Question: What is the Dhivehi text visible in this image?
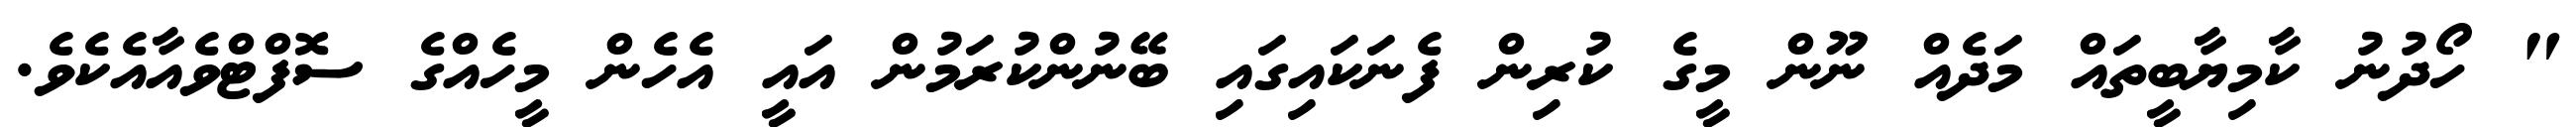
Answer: " ހޯދުނު ކާމިޔާބީތައް މަދެއް ނޫން މީގެ ކުރިން ފެނަކައިގައި ބޭނުންކުރަމުން އައީ އެހެން މީހެއްގެ ސޮފްޓްވެއާއެކެވެ.